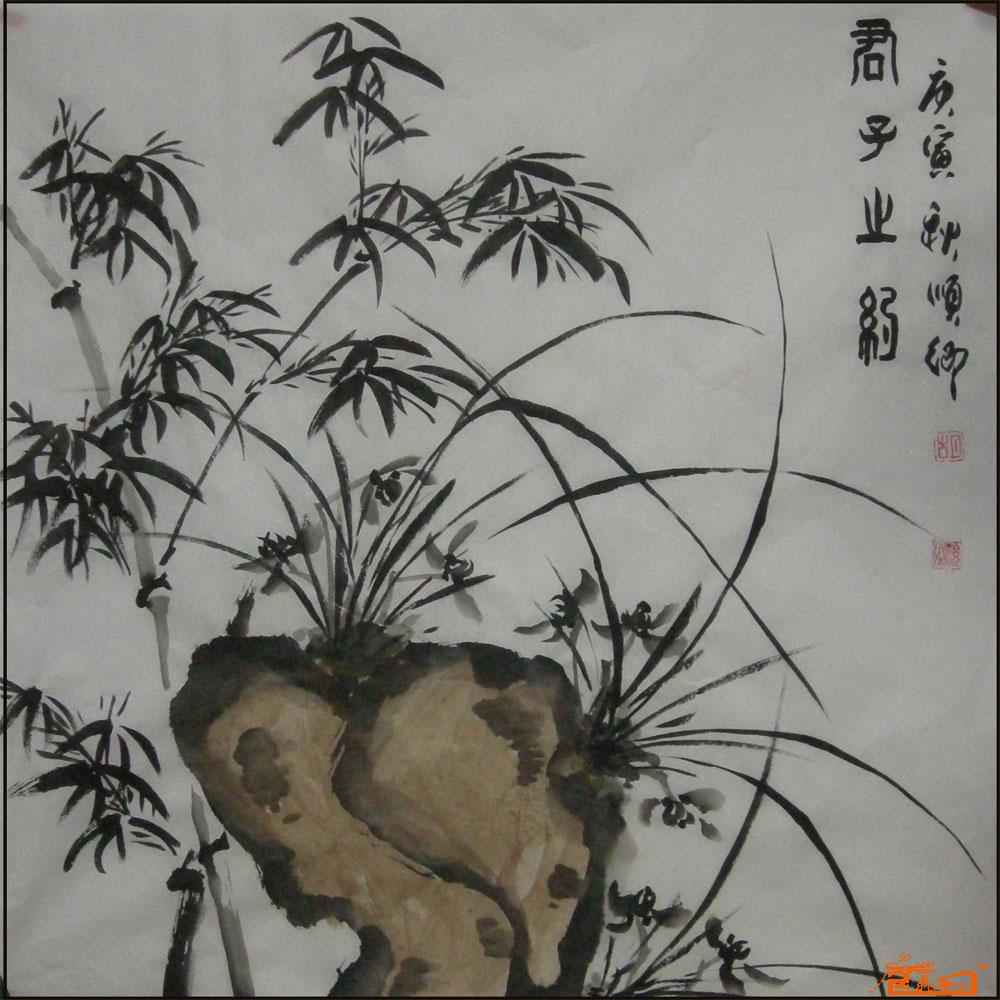
无稽之言，不见之行，不闻之谋，君子慎之。